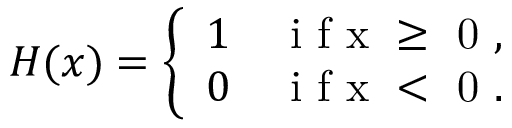
H ( x ) = \left\{ \begin{array} { l l } { 1 } & { \mathrm { ~ i ~ f ~ x ~ \ge ~ 0 ~ } , } \\ { 0 } & { \mathrm { ~ i ~ f ~ x ~ < ~ 0 ~ } . } \end{array} \right.